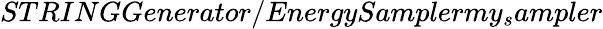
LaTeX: STRINGGenerator/EnergySamplermy_{s}ampler